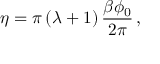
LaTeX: \eta = \pi \left( \lambda + 1 \right) \frac { \beta \phi _ { 0 } } { 2 \pi } \, ,